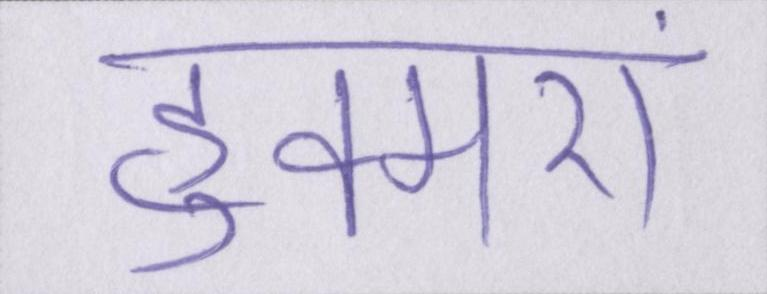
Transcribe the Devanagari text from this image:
हुक्मरां